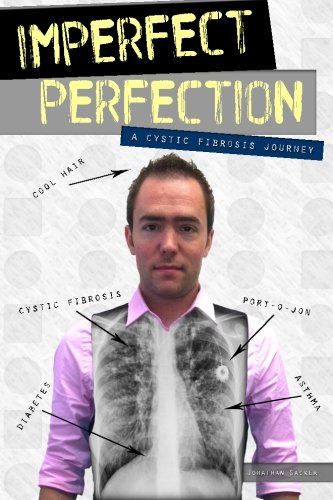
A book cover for Imperfect Perfection: A Cystic Fibrosis Journey; Jonathan Sacker; Health, Fitness & Dieting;